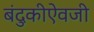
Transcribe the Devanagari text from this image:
बंदुकीऐवजी